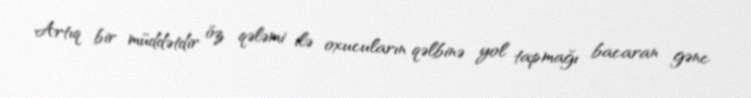
Artıq bir müddətdir öz qələmi ilə oxucuların qəlbinə yol tapmağı bacaran gənc